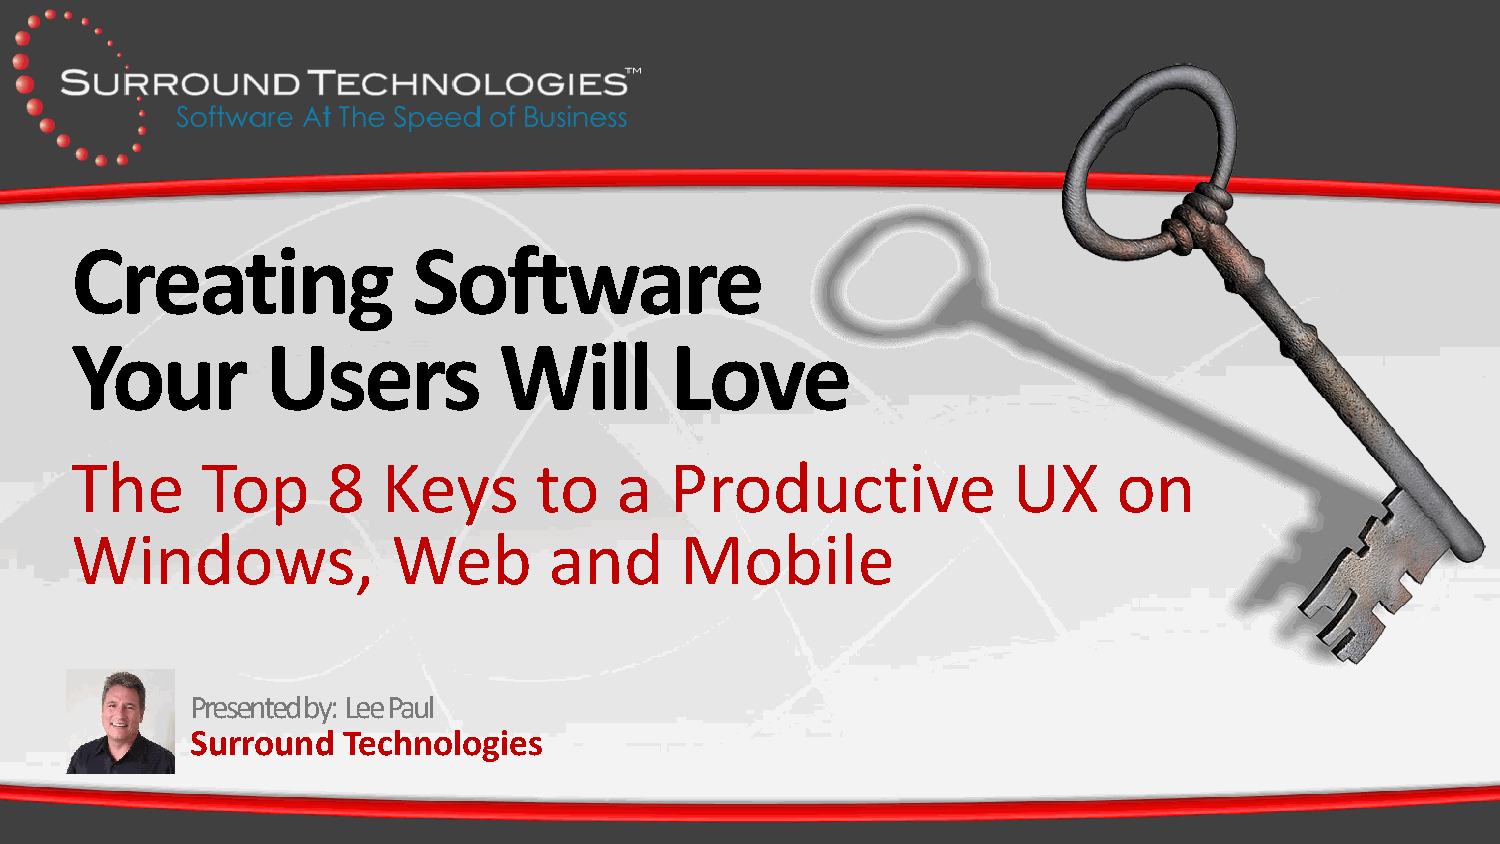
Creating              Software
 Your         Users          Will       Love
 The     Top      8  Keys      to    a  Productive             UX     on
 Windows,             Web       and      Mobile
 Presented by: Lee Paul
 Surround  Technologies
 surroundtech.com